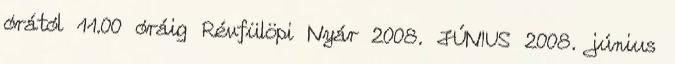
órától 11.00 óráig Révfülöpi Nyár 2008. JÚNIUS 2008. június